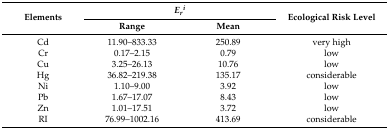
| <ROWSPAN=2> Elements | <COLSPAN=2> Eri | <ROWSPAN=2> Ecological Risk Level |
 | Range | Mean |
 | --- | --- | --- | --- |
 | Cd | 11.90–833.33 | 250.89 | very high |
 | Cr | 0.17–2.15 | 0.79 | low |
 | Cu | 3.25–26.13 | 10.76 | low |
 | Hg | 36.82–219.38 | 135.17 | considerable |
 | Ni | 1.10–9.00 | 3.92 | low |
 | Pb | 1.67–17.07 | 8.43 | low |
 | Zn | 1.01–17.51 | 3.72 | low |
 | RI | 76.99–1002.16 | 413.69 | considerable |